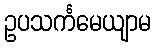
ဥပသင်္ကမေယျာမ